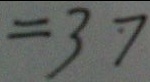
= 3 7